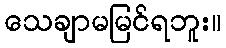
သေချာမမြင်ရဘူး။